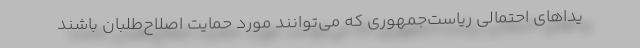
یداهای احتمالی ریاست‌جمهوری که می‌توانند مورد حمایت اصلاح‌طلبان باشند